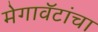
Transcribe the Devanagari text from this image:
मेगावॅटांचा